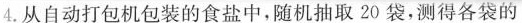
4.从自动打包机包装的食盐中，随机抽取20袋，测得各袋的